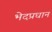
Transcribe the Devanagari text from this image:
भेदप्रधान